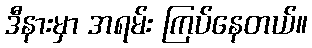
ဒီနားမှာ အရမ်း ကြပ်နေတယ်။